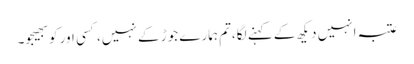
عتبہ انہیں دیکھ کے کہنے لگا،تم ہمارے جوڑ کے نہیں، کسی اور کو بھیجو۔